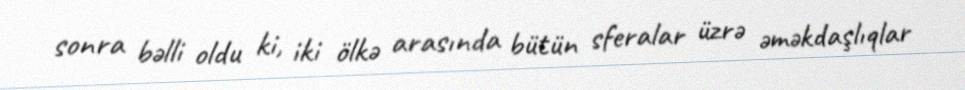
sonra bəlli oldu ki, iki ölkə arasında bütün sferalar üzrə əməkdaşlıqlar